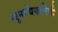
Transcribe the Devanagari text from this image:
न्यूनाधिकारिणी